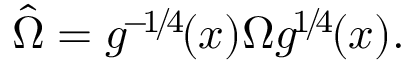
\hat { \Omega } = g ^ { \! - \! 1 \! / \! 4 \! } ( x ) \Omega g ^ { \! 1 \! / \! 4 \! } ( x ) .